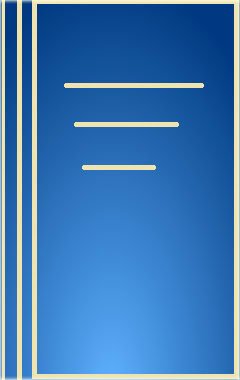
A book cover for Introduction to Hilbert Space: And the Theory of Spectral Multiplicity (AMS Chelsea Publishing); P. R. Halmos; Science & Math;